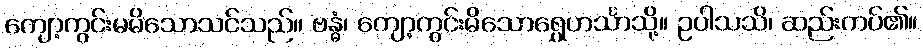
ကျော့ကွင်းမမိသောသင်သည်။ ဗန္ဓံ၊ ကျော့ကွင်းမိသောရွှေဟင်္သာသို့။ ဥပါသသိ၊ ဆည်းကပ်၏။